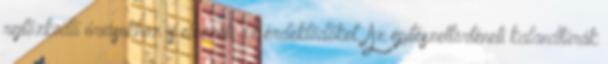
rejtőzködő óriásokhoz is elvezeti az érdeklődőket. Az építészettörténeti kalandtúrák